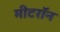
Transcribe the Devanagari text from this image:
मीटरॉन